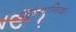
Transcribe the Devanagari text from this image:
बहुस्थानिक